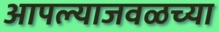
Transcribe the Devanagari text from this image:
आपल्याजवळच्या